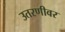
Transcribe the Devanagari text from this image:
उतरणीवर